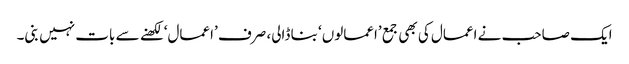
ایک صاحب نے اعمال کی بھی جمع ’اعمالوں‘ بنا ڈالی، صرف ’اعمال‘ لکھنے سے بات نہیں بنی۔